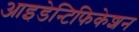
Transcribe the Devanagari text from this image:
आइडेन्टिफिकेशन